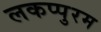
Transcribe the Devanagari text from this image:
लकप्पुरम